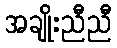
အချိုးညီညီ